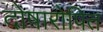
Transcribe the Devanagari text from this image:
दोषारोपित